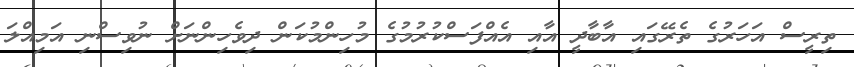
ތިރީސް އަހަރުގެ ތެރޭގައި އާބާދީ އާއި އެއްފަސްކުރުމުގެ މުހިންމުކަން ދިވެހިންނަށް ނުވިސްނި އަމިއްލަ